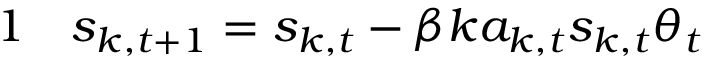
\begin{array} { r l } { { 1 } } & { { } s _ { k , t + 1 } = s _ { k , t } - \beta k a _ { k , t } s _ { k , t } \theta _ { t } } \end{array}